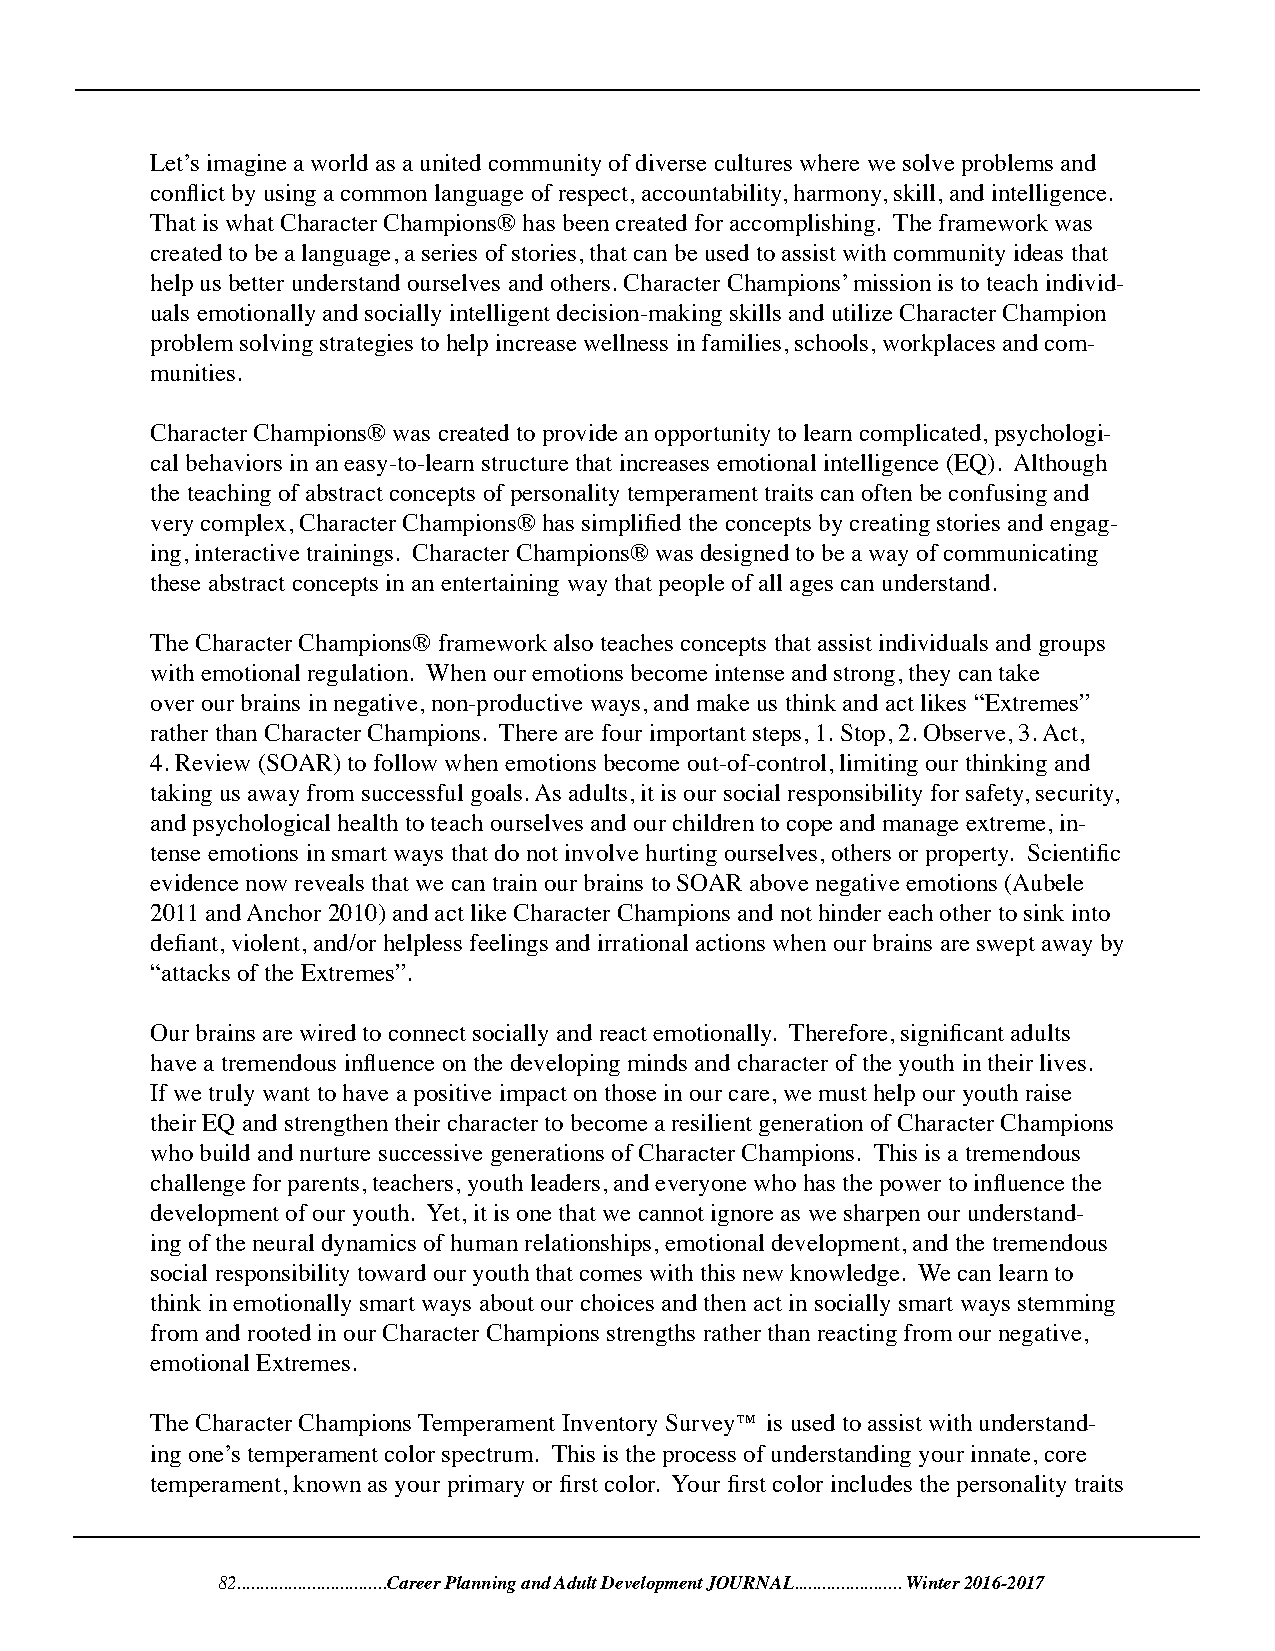
Let’s imagine a world as a united community of diverse cultures where we solve problems and
 conflict by using a common language of respect, accountability, harmony, skill, and intelligence.
 That is what Character Champions® has been created for accomplishing. The framework was
 created to be a language, a series of stories, that can be used to assist with community ideas that
 help us better understand ourselves and others. Character Champions’ mission is to teach individ-
 uals emotionally and socially intelligent decision-making skills and utilize Character Champion
 problem solving strategies to help increase wellness in families, schools, workplaces and com-
 munities.
 Character Champions® was created to provide an opportunity to learn complicated, psychologi-
 cal behaviors in an easy-to-learn structure that increases emotional intelligence (EQ). Although
 the teaching of abstract concepts of personality temperament traits can often be confusing and
 very complex, Character Champions® has simplified the concepts by creating stories and engag-
 ing, interactive trainings. Character Champions® was designed to be a way of communicating
 these abstract concepts in an entertaining way that people of all ages can understand.
 The Character Champions® framework also teaches concepts that assist individuals and groups
 with emotional regulation. When our emotions become intense and strong, they can take
 over our brains in negative, non-productive ways, and make us think and act likes “Extremes”
 rather than Character Champions. There are four important steps, 1. Stop, 2. Observe, 3. Act,
 4. Review (SOAR) to follow when emotions become out-of-control, limiting our thinking and
 taking us away from successful goals. As adults, it is our social responsibility for safety, security,
 and psychological health to teach ourselves and our children to cope and manage extreme, in-
 tense emotions in smart ways that do not involve hurting ourselves, others or property. Scientific
 evidence now reveals that we can train our brains to SOAR above negative emotions (Aubele
 2011 and Anchor 2010) and act like Character Champions and not hinder each other to sink into
 defiant, violent, and/or helpless feelings and irrational actions when our brains are swept away by
 “attacks of the Extremes”.
 Our brains are wired to connect socially and react emotionally. Therefore, significant adults
 have a tremendous influence on the developing minds and character of the youth in their lives.
 If we truly want to have a positive impact on those in our care, we must help our youth raise
 their EQ and strengthen their character to become a resilient generation of Character Champions
 who build and nurture successive generations of Character Champions. This is a tremendous
 challenge for parents, teachers, youth leaders, and everyone who has the power to influence the
 development of our youth. Yet, it is one that we cannot ignore as we sharpen our understand-
 ing of the neural dynamics of human relationships, emotional development, and the tremendous
 social responsibility toward our youth that comes with this new knowledge. We can learn to
 think in emotionally smart ways about our choices and then act in socially smart ways stemming
 from and rooted in our Character Champions strengths rather than reacting from our negative,
 emotional Extremes.
 The Character Champions Temperament Inventory Survey™ is used to assist with understand-
 ing one’s temperament color spectrum. This is the process of understanding your innate, core
 temperament, known as your primary or first color. Your first color includes the personality traits
 82................................Career Planning and Adult Development JOURNAL....................... Winter 2016-2017